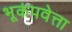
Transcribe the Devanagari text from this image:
भूकंपवेत्ता